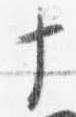
十